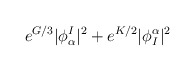
\begin{align*}e^{G/3}|\phi^I_\alpha|^2 + e^{K/2}|\phi_I^\alpha|^2\end{align*}